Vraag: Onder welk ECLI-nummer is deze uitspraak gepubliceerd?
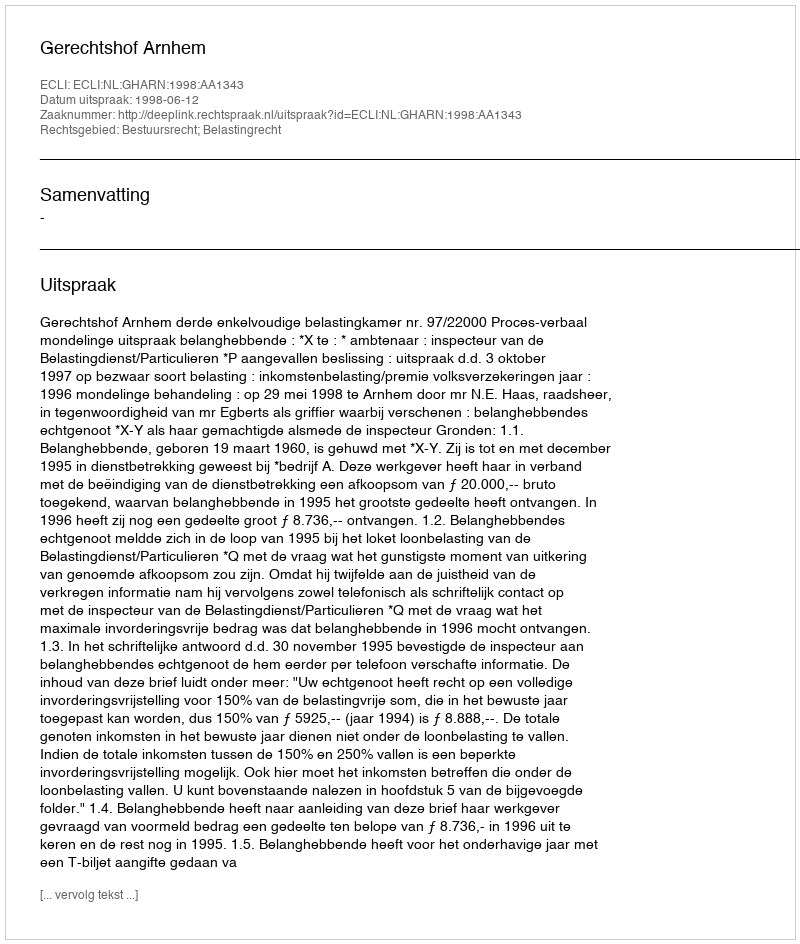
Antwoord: ECLI:NL:GHARN:1998:AA1343